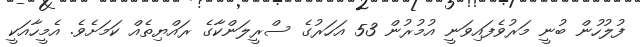
ފުލުހުން ބުނީ މަރުވެފައިވަނީ އުމުރުން 53 އަހަރުގެ ސްރީލަންކާގެ ރައްޔިތެއް ކަމަށެވެ. އެމީހާއަކީ